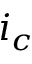
i _ { c }